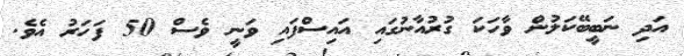
އަދި ނަބީބޭކަލުން ވާހަކަ ގުރުއާނުގައި އައިސްފައި ވަނީ ވެސް 50 ފަހަރު އެވެ.